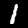
Digit: 1